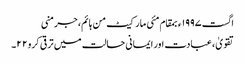
اگست ١٩٩٧ء بمقام مئی مارکیٹ من ہائم، جرمنی
تقویٰ ، عبادت اور ایمانی حالت میں ترقی کرو ٢٢۔